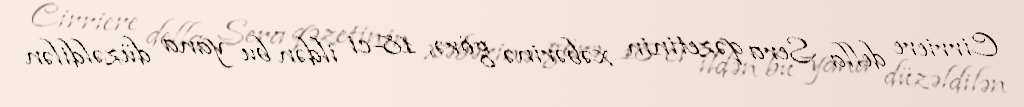
Cirriere della Sera qəzetinin xəbərinə görə, 18-ci ildən bu yana düzəldilən